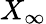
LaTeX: X_{\infty}